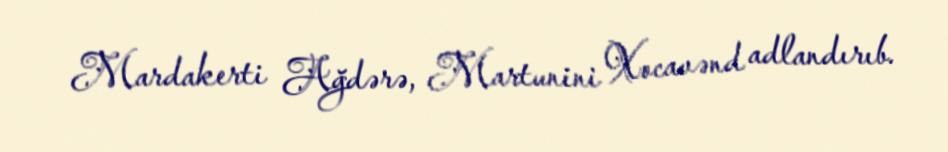
Mardakerti Ağdərə, Martunini Xocavənd adlandırıb.